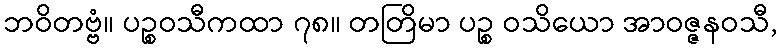
ဘဝိတဗ္ဗံ။ ပဉ္စဝသီကထာ ၇၈။ တတြိမာ ပဉ္စ ဝသိယော အာဝဇ္ဇနဝသီ,